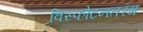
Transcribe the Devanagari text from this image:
विस्फोटनतरंग